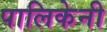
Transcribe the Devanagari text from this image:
पालिकेनी